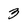
Character: 3